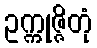
ဥက္ကုဇ္ဇိတုံ